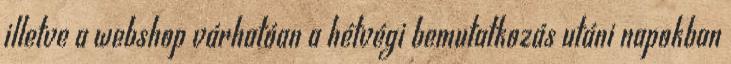
illetve a webshop várhatóan a hétvégi bemutatkozás utáni napokban